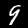
Digit: 9